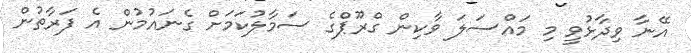
އޭނާ ވިދާޅުވީ މި މައްސަލަ ވާކިން ގްރޫޕްގެ ސަމާލުކަމަށް ގެނައުމުން އެ ފަރާތުން